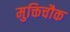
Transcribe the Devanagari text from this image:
मुक्तिचौक